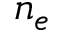
n _ { e }